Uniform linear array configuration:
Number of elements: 8
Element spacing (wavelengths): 1
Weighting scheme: hann
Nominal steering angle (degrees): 60
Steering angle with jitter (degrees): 61.063
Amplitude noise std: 0.05
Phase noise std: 0.05

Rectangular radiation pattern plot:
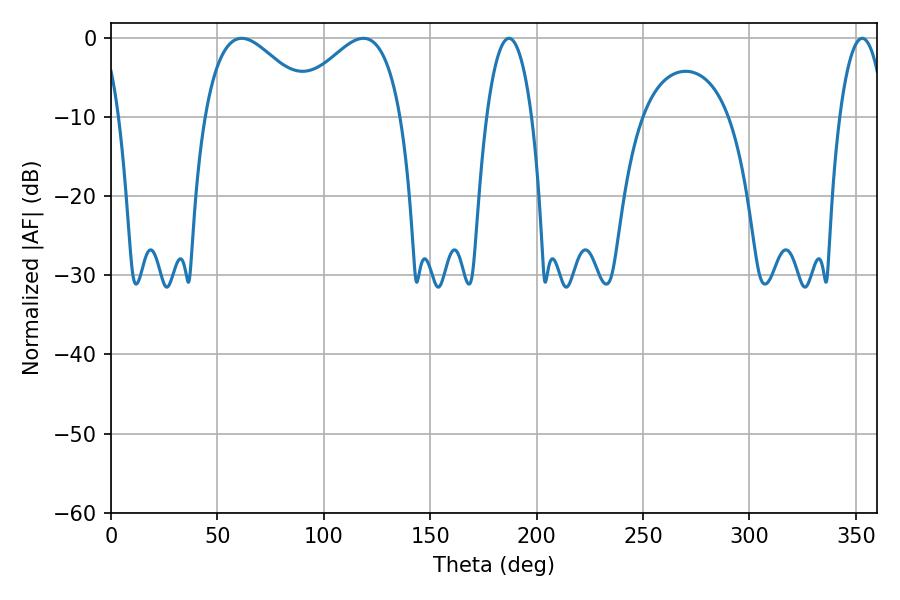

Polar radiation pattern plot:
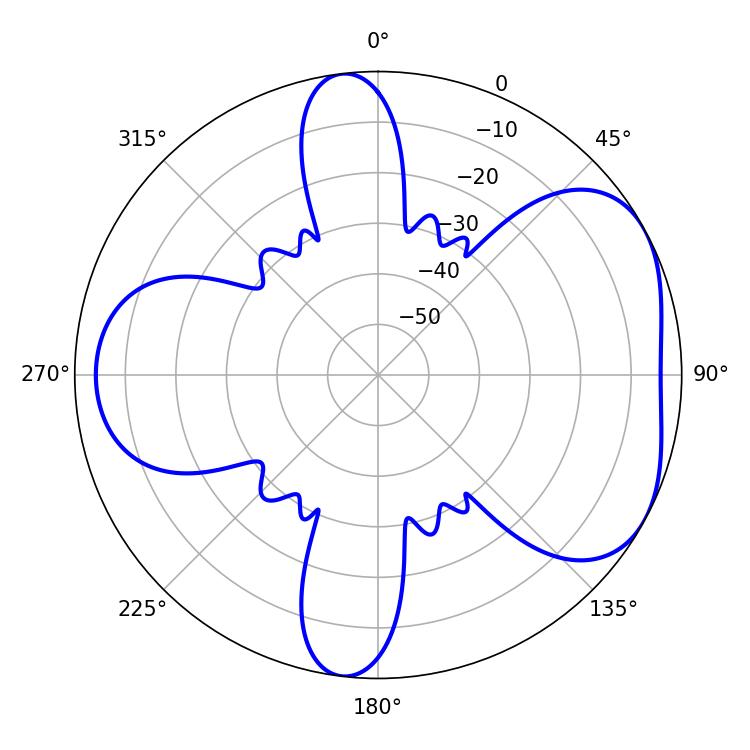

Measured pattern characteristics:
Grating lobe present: TRUE
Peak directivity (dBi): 4.846
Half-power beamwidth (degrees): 28.26
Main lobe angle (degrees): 61.38